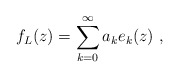
\begin{align*} f_L(z)=\sum_{k=0}^\infty a_k e_k(z)\ ,\end{align*}